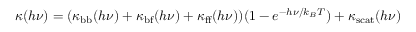
\kappa ( h \nu ) = ( \kappa _ { \mathrm { b b } } ( h \nu ) + \kappa _ { \mathrm { b f } } ( h \nu ) + \kappa _ { \mathrm { f f } } ( h \nu ) ) ( 1 - e ^ { - h \nu / k _ { B } T } ) + \kappa _ { \mathrm { s c a t } } ( h \nu )